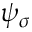
\psi _ { \sigma }